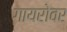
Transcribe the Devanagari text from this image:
गायरोवर